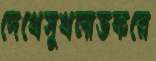
দেখেসুখলাভকরে